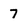
Character: 7